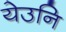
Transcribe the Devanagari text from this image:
येउनि